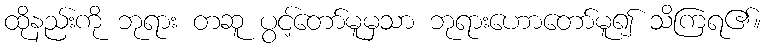
ထိုနည်းကို ဘုရား တဆူ ပွင့်တော်မူမှသာ ဘုရားဟောတော်မူ၍ သိကြရ၏။